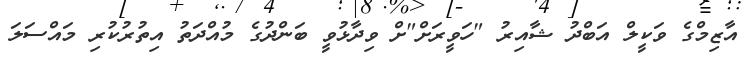
އާޒިމްގެ ވަކީލް އަބްދު ޝާއިރު "ހަވީރަށް"ށް ވިދާޅުވީ ބަންދުގެ މުއްދަތު އިތުރުކުރި މައްސަލަ